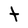
Character: t